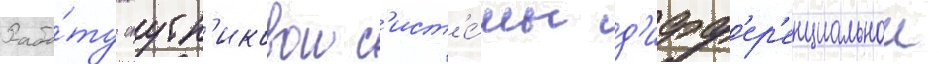
Рабо́ту спутн'иковои с'ист'е́мы д'ифф'ер'енциальнои